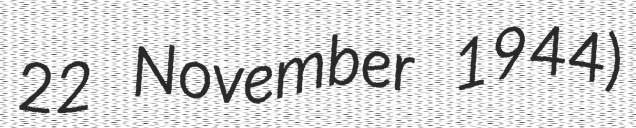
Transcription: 22 November 1944)